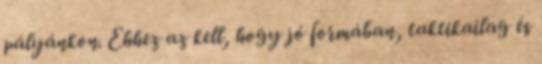
pályánkon. Ehhez az kell, hogy jó formában, taktikailag és